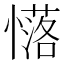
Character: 𢣅